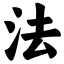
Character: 法